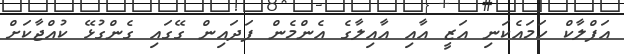
އަފްލާކް ހަމައެކަނި އަޒީ އާއި އާއިލާގެ އެންމެން ފަދައިން ގޭގައި ގެންގުޅޭ ކުއްޖާކަށް